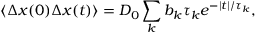
\left\langle \Delta x ( 0 ) \Delta x ( t ) \right\rangle = D _ { 0 } \sum _ { k } b _ { k } \tau _ { k } e ^ { - | t | / \tau _ { k } } ,